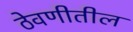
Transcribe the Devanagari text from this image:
ठेवणीतील